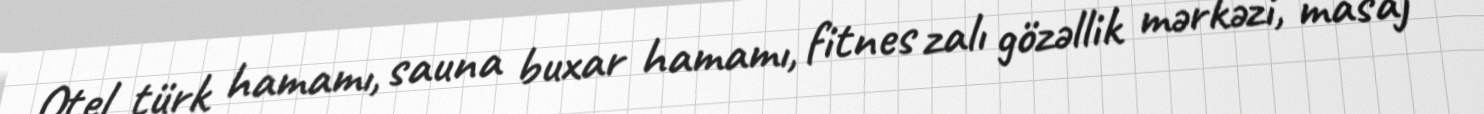
Otel türk hamamı, sauna buxar hamamı, fitnes zalı gözəllik mərkəzi, masaj